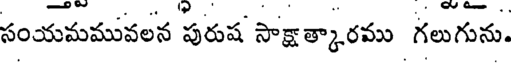
సంయమమువలన పురుష సాక్షాత్కారము గలుగును.